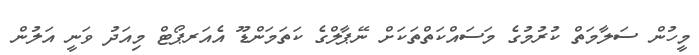
މީހުން ސަލާމަތް ކުރުމުގެ މަސައްކަތްތަކަށް ނޭޕާލްގެ ކަތަމަންޑޫ އެއަރޕޯޓް މިއަދު ވަނީ އަލުން